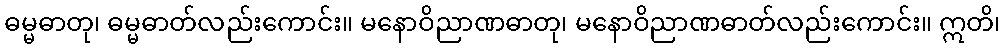
ဓမ္မဓာတု၊ ဓမ္မဓာတ်လည်းကောင်း။ မနောဝိညာဏဓာတု၊ မနောဝိညာဏဓာတ်လည်းကောင်း။ ဣတိ၊